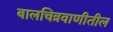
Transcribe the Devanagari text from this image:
बालचित्रवाणीतील